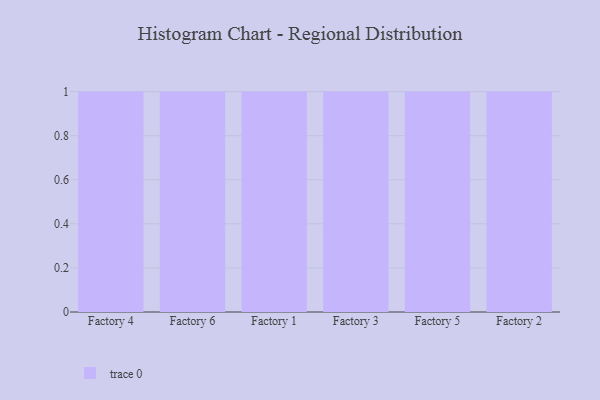
{"axis": {"x": "Factory", "y": "Waste Production (Tons)"}, "legend": [""], "data": [{"x": "Factory 4", "y": 94, "type": ""}, {"x": "Factory 6", "y": 51, "type": ""}, {"x": "Factory 1", "y": 24, "type": ""}, {"x": "Factory 3", "y": 35, "type": ""}, {"x": "Factory 5", "y": 12, "type": ""}, {"x": "Factory 2", "y": 86, "type": ""}]}